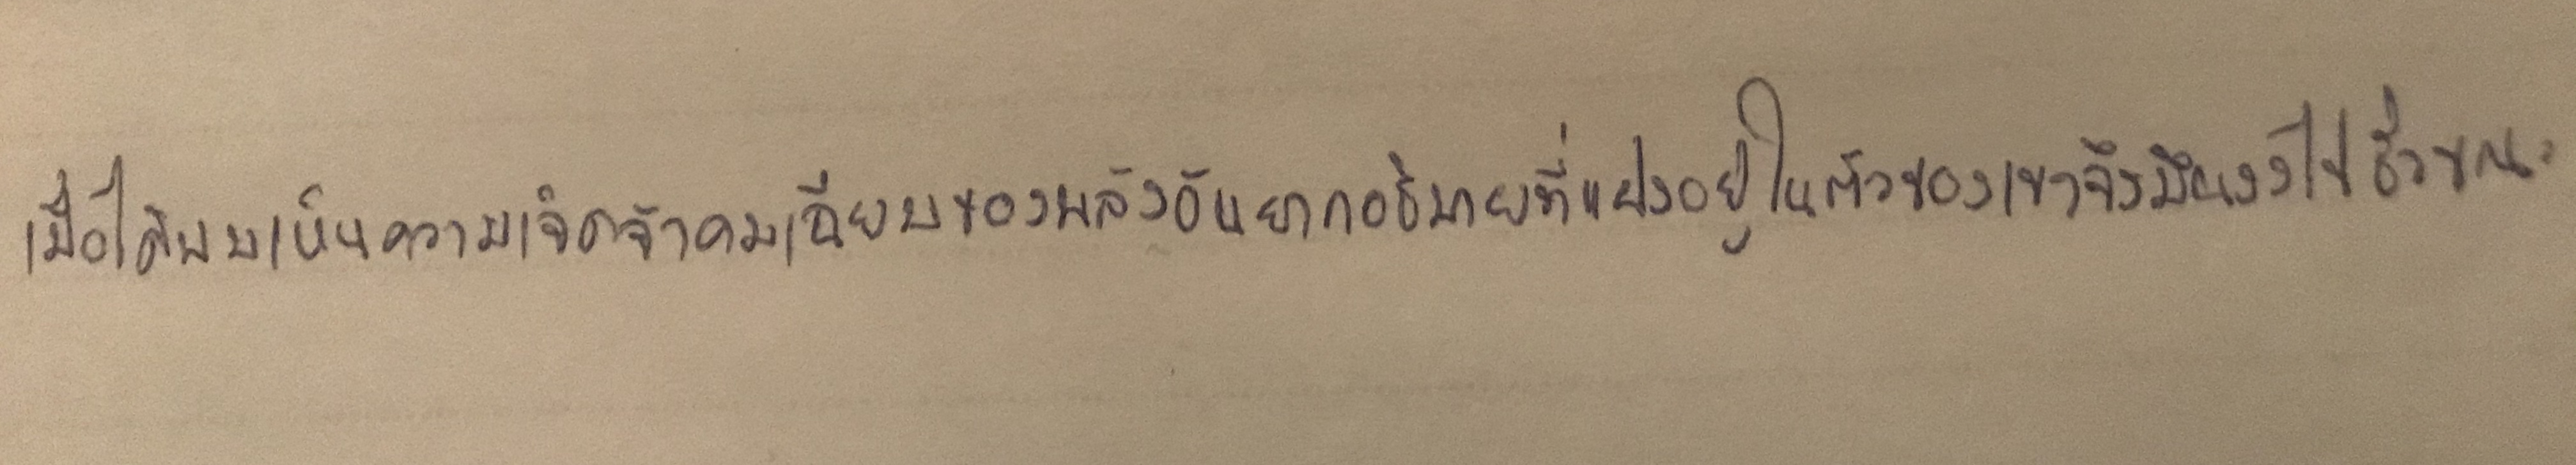
เมื่อได้พบเห็นความเจิดจ้าคมเฉียบของพลังอันยากอธิบายที่แฝงอยู่ในตัวของเขาจึงมึนงงไปชั่วขณะ